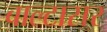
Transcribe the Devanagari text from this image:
बाल्टासर